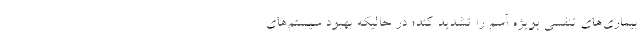
بیماری‌های تنفسی بویژه آسم را تشدید کند؛ در حالیکه بهبود سیستم‌های